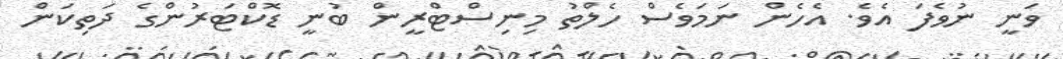
ވަނީ ނުވެފަ އެވެ. އެހެން ނަމަވެސް ހެލްތު މިނިސްޓްރީން ބުނީ ޑޮކްޓަރުންގެ ދަތިކަން